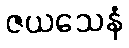
ဇယသေနံ